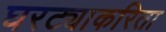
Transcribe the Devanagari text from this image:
घरट्याकरिता